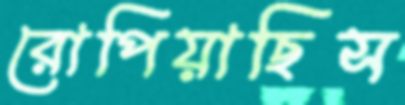
রোপিয়াছিস